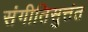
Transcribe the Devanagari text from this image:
संगीतिसुत्तंत